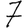
Digit: 7